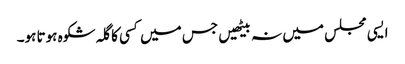
ایسی مجلس میں نہ بیٹھیں جس میں کسی کا گلہ شکوہ ہوتا ہو۔